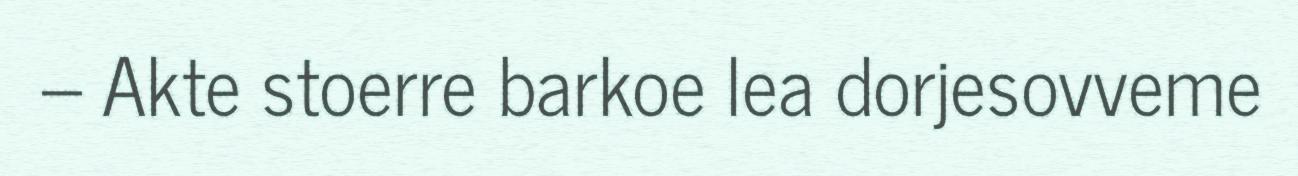
– Akte stoerre barkoe lea dorjesovveme